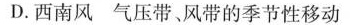
D.西南风 气压带、风带的季节性移动